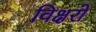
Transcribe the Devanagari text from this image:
विक्षरो